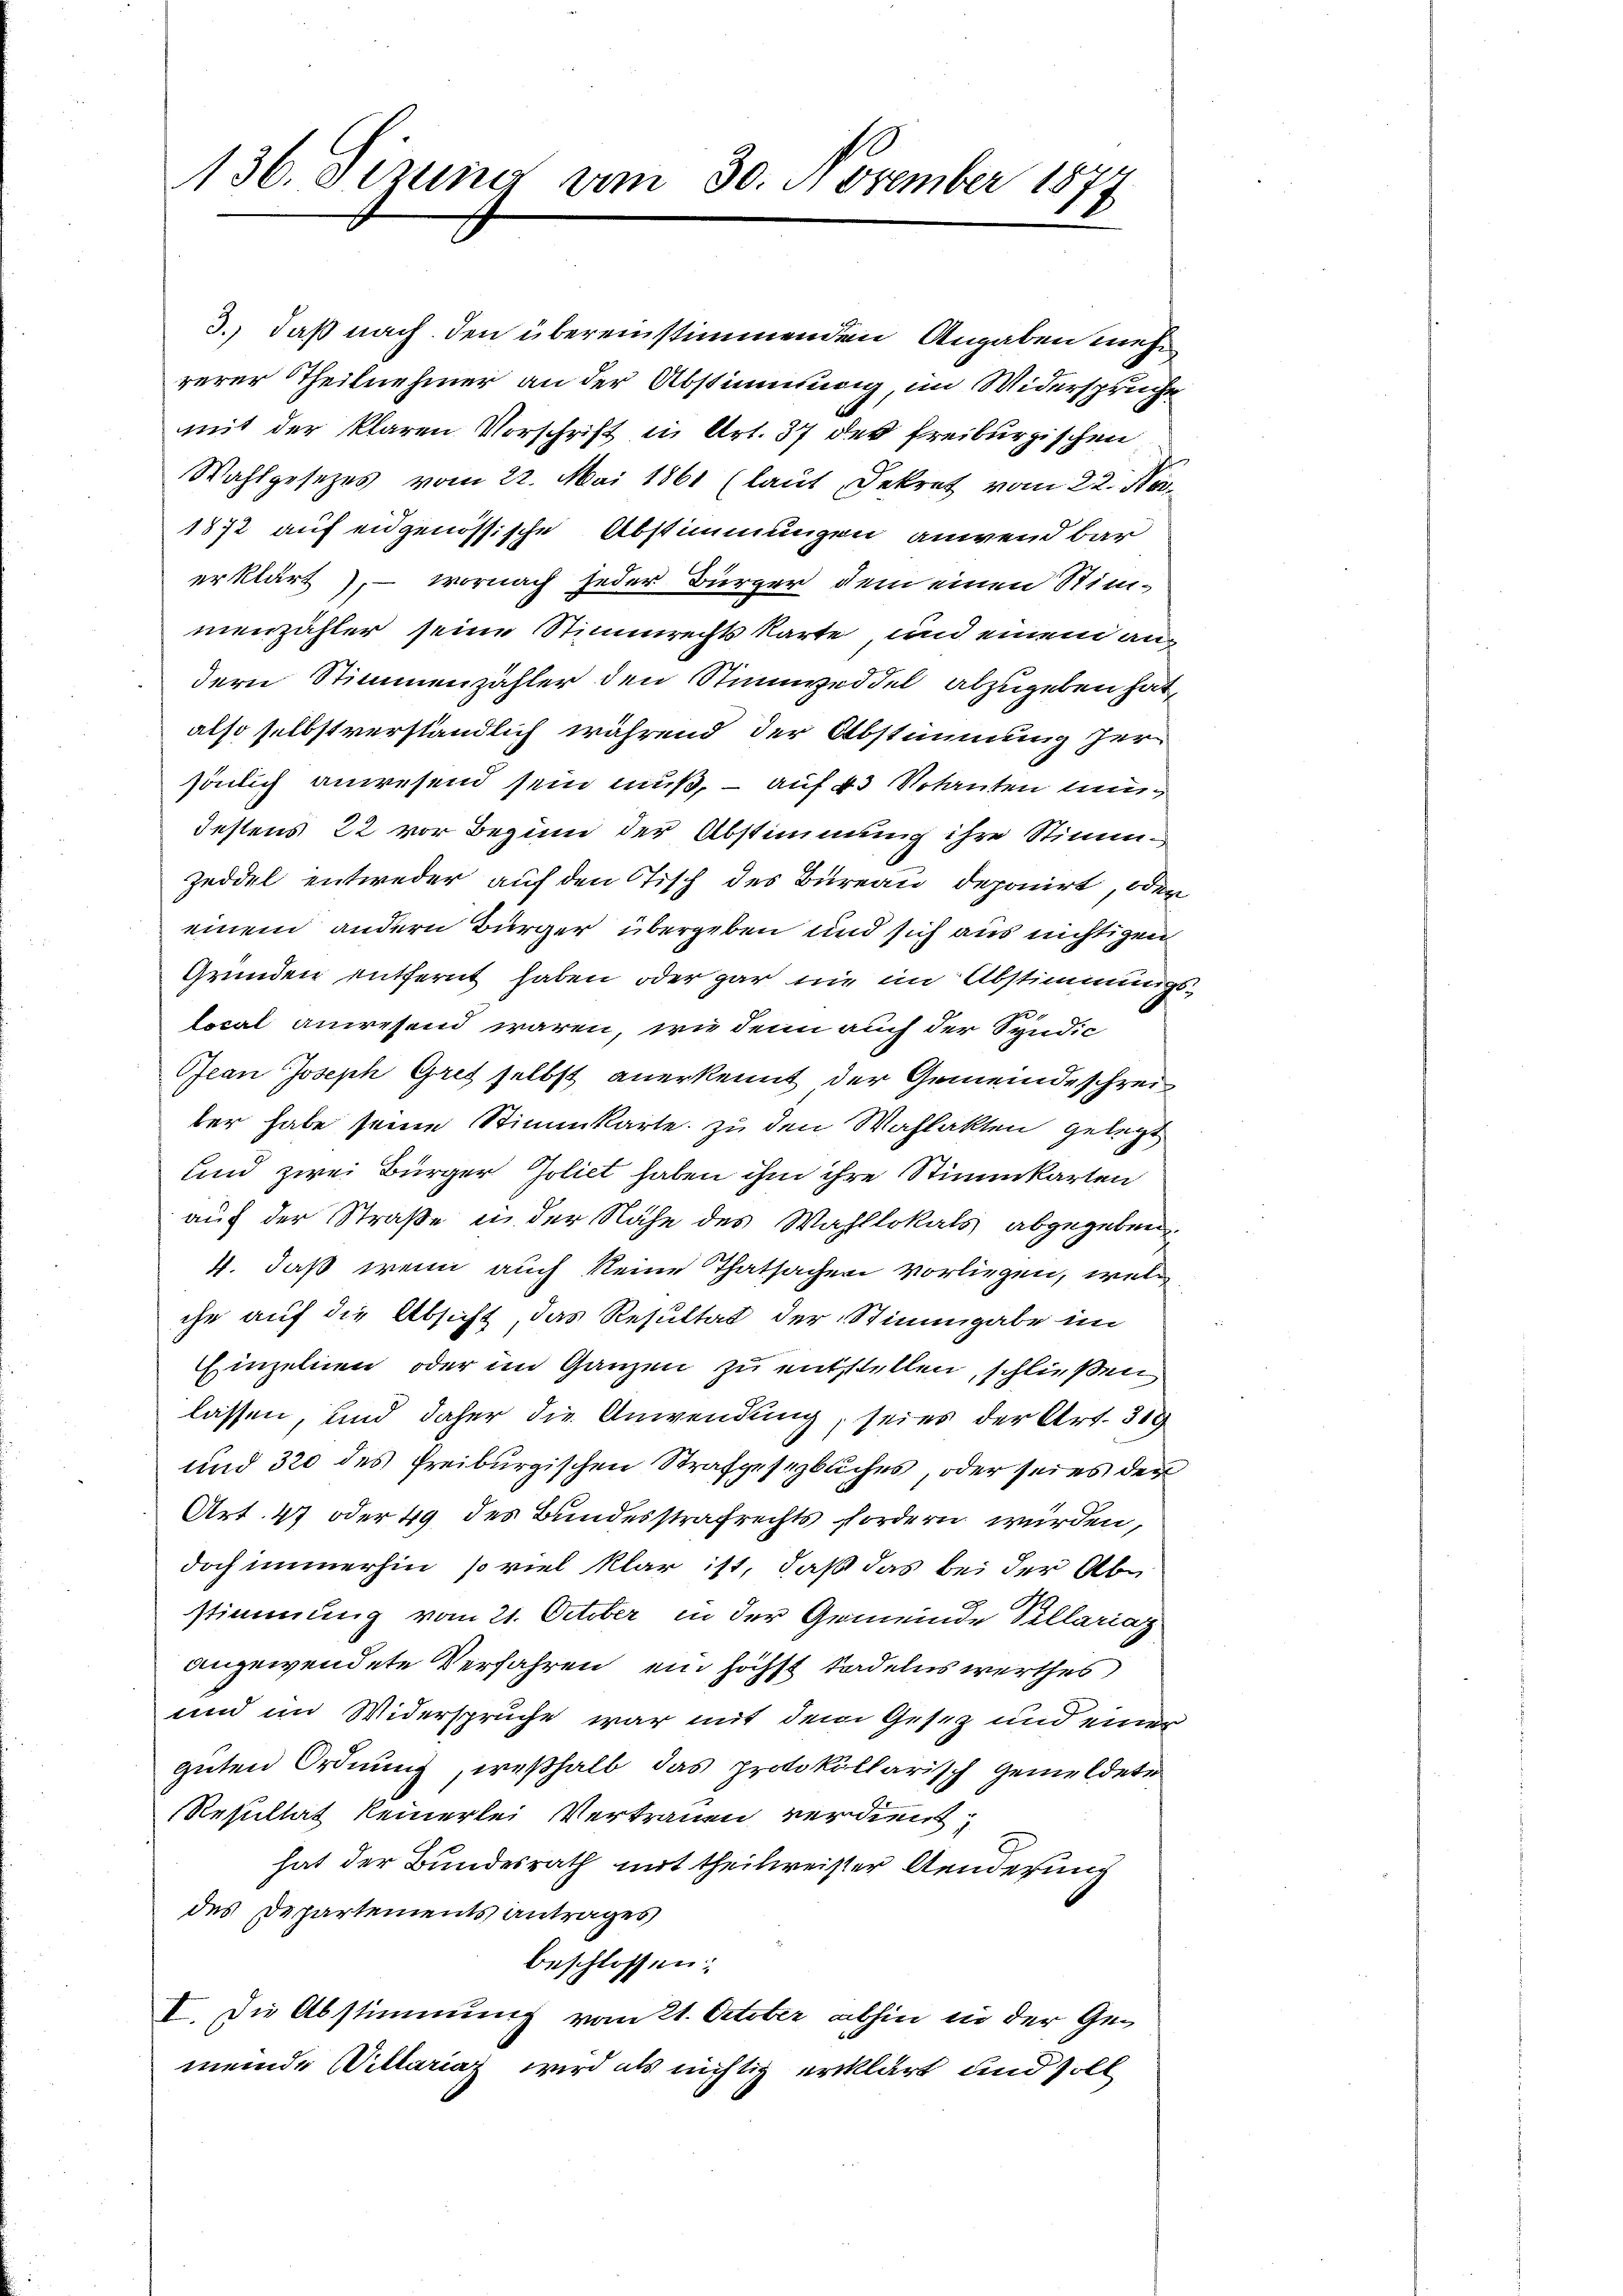
136. Sizung vom 30. November 187

3.) daß nach den übereinstimmenden Angaben mehr
rerer Theilnehmer an der Abstimmung, im Widerspruche
mit der klaren Vorschrift in Art. 37 der freiburgischen
Wahlgesetzes vom 22. Mai 1861 (laut Dekret vom 22. No
1872 auf eidgenössische Abstimmungen anwendbar
erklärt, – wornach jeder Bürger dem einen Stimmenzähler seine Stimmrechtskarte, und einem andern Stimmenzähler den Stimweddel abzugeben hat,
also selbst verständlich während der Abstimmung her
sönlich anwesend sein muß, – auf 43 Votanten nundestens 22 vor Beginn der Abstimmung ihre Stimm¬
Zeddel entweder auf den Tisch des Büreau deponirt, oder
einem andern Bürger übergeben und sich aus nichtigen
Gründen entfernt haben oder gar nie im Abstimmungslocal anwesend waren, wie denn auch der Syndic
Jean Joseph Gret selbst anerkennt der Gemeindeschreiter habe seine Stimmkarte zu den Wahlakten gelegt
und zwei Bürger Polict haben ihm ihre Stimmkarten
auf der Straße in der Nähe des Wahllokals abgegeben.
4. daß wenn auch keine Thatsachen vorliegen, welc
ihr auf die Absicht, das Resultat der Stimmgabe im
Einzelnen oder im Ganzen zu entstellen, schließen
lassen, und daher die Anwendung, seies der Art. 319
und 320 des freiburgischen Strafgesezbuches, oder seies der
Art. 47 oder 49 des Bundesstrafrechts fordern würden,
doch immerhin, so viel klar ist, daß das bei der Abstimmung vom 21. October in der Gemeinde Pellariaz
angewendete Verfahren, ein höchst tadelnswerthes
und im Widersprüche war mit dem Gesez und einer
guten Ordnung, weßhalb das protokollarisch gemeldete
Resultat keinerlei Vertrauen verdient
hat der Bundesrath mit theilweiser Aenderung
des Departements antrages
beschlossen:
I. Die Abstimmung vom 21. October abhin in der Gemeinde Villariaz wird als nichtig erklärt und soll